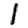
Digit: 1